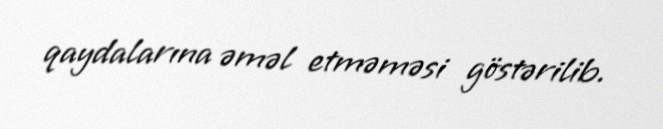
qaydalarına əməl etməməsi göstərilib.